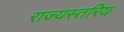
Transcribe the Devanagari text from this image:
राज्यस्तरिय